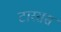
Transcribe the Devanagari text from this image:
टारसस